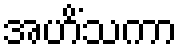
အဟိံသကာ